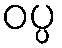
ဝပ္ပ